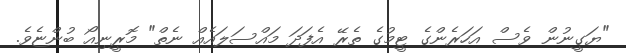
"ޔަގީނުން ވެސް އަހަރެންގެ ޓީމުގެ ތެރޭ އެފަދަ މައްސަލައެއް ނެތް" މޮރީނިއޯ ބުންޏެވެ.